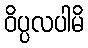
ဝိပ္ပလပါမိ